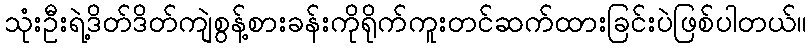
သုံးဦးရဲ့ဒိတ်ဒိတ်ကျဲစွန့်စားခန်းကိုရိုက်ကူးတင်ဆက်ထားခြင်းပဲဖြစ်ပါတယ်။